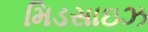
મિડસાઇઝ